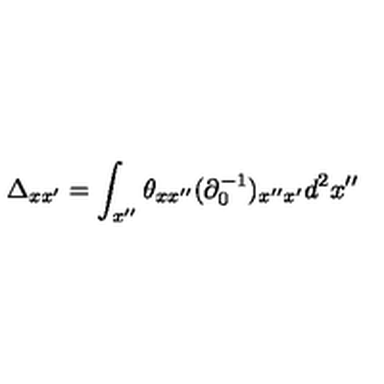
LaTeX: \Delta _ { x x ^ { \prime } } = \int _ { x ^ { \prime \prime } } \theta _ { x x ^ { \prime \prime } } ( \partial _ { 0 } ^ { - 1 } ) _ { x ^ { \prime \prime } x ^ { \prime } } d ^ { 2 } x ^ { \prime \prime }